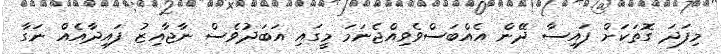
މިފަދަ ގޮތަކަށް ފައިސާ ދޭން އެއްބަސްވެވިއްޖެނަމަ މީގައި އަބަދުވެސް ނާޖާއިޒު ފައިދާއެއް ނަގާ